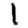
Digit: 1